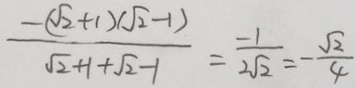
\frac { - ( \sqrt { 2 } + 1 ) ( \sqrt { 2 } - 1 ) } { \sqrt { 2 } + 1 + \sqrt { 2 } - 1 } = \frac { - 1 } { 2 \sqrt { 2 } } = - \frac { \sqrt { 2 } } { 4 }